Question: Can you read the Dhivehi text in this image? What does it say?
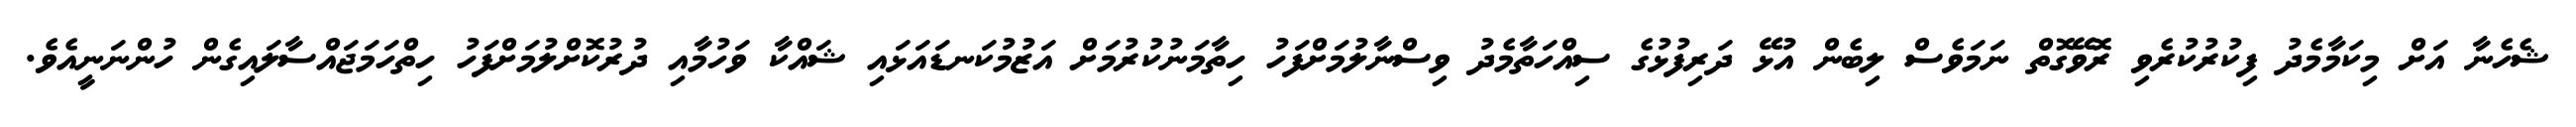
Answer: ޝެހެނާ އަށް މިކަމާމެދު ފިކުރުކުރެވި ރޮވޭގޮތް ނަމަވެސް ލިބެން އުޅޭ ދަރިފުޅުގެ ސިއްހަތާމެދު ވިސްނާލުމަށްފަހު ހިތާމަނުކުރުމަށް އަޒުމުކަނޑައަޅައި ޝައްކާ ވަހުމާއި ދުރުކޮށްލުމަށްފަހު ހިތްހަމަޖައްސާލައިގެން ހުންނަނީއެވެ.